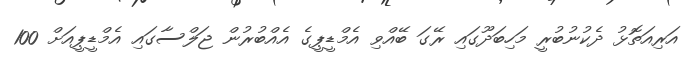
އަރިއަތޮޅު ދެކުނުބުރީ މަހިބަދޫގައި ރޭގަ ބޭއްވި އެމްޑީޕީގެ އެއްބުރުން ޖަލްސާގައި އެމްޑީޕީއަށް 100